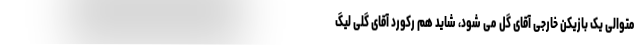
متوالی یک بازیکن خارجی آقای گل می شود، شاید هم رکورد آقای گلی لیگ